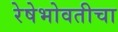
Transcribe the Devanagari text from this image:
रेषेभोवतीचा